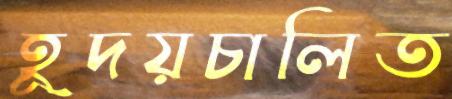
হূদয়চালিত